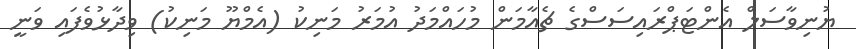
ޔުނިވާސަލް އެންޓަޕްރައިސަސްގެ ޗެއާމަން މުހައްމަދު އުމަރު މަނިކު (އެމްޔޫ މަނިކު) ވިދާޅުވެފައި ވަނީ